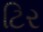
ટિર